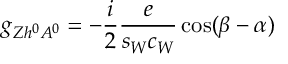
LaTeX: g _ { Z h ^ { 0 } A ^ { 0 } } = - \frac { i } { 2 } \frac { e } { s _ { W } c _ { W } } \cos ( \beta - \alpha )